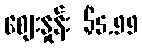
စျေးနှုန်း $5.99